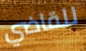
للقاضي